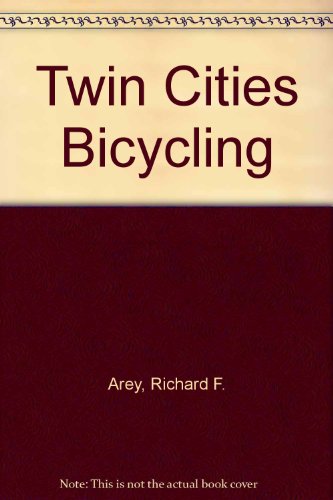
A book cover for Twin Cities Bicycling; Richard Arey; Travel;